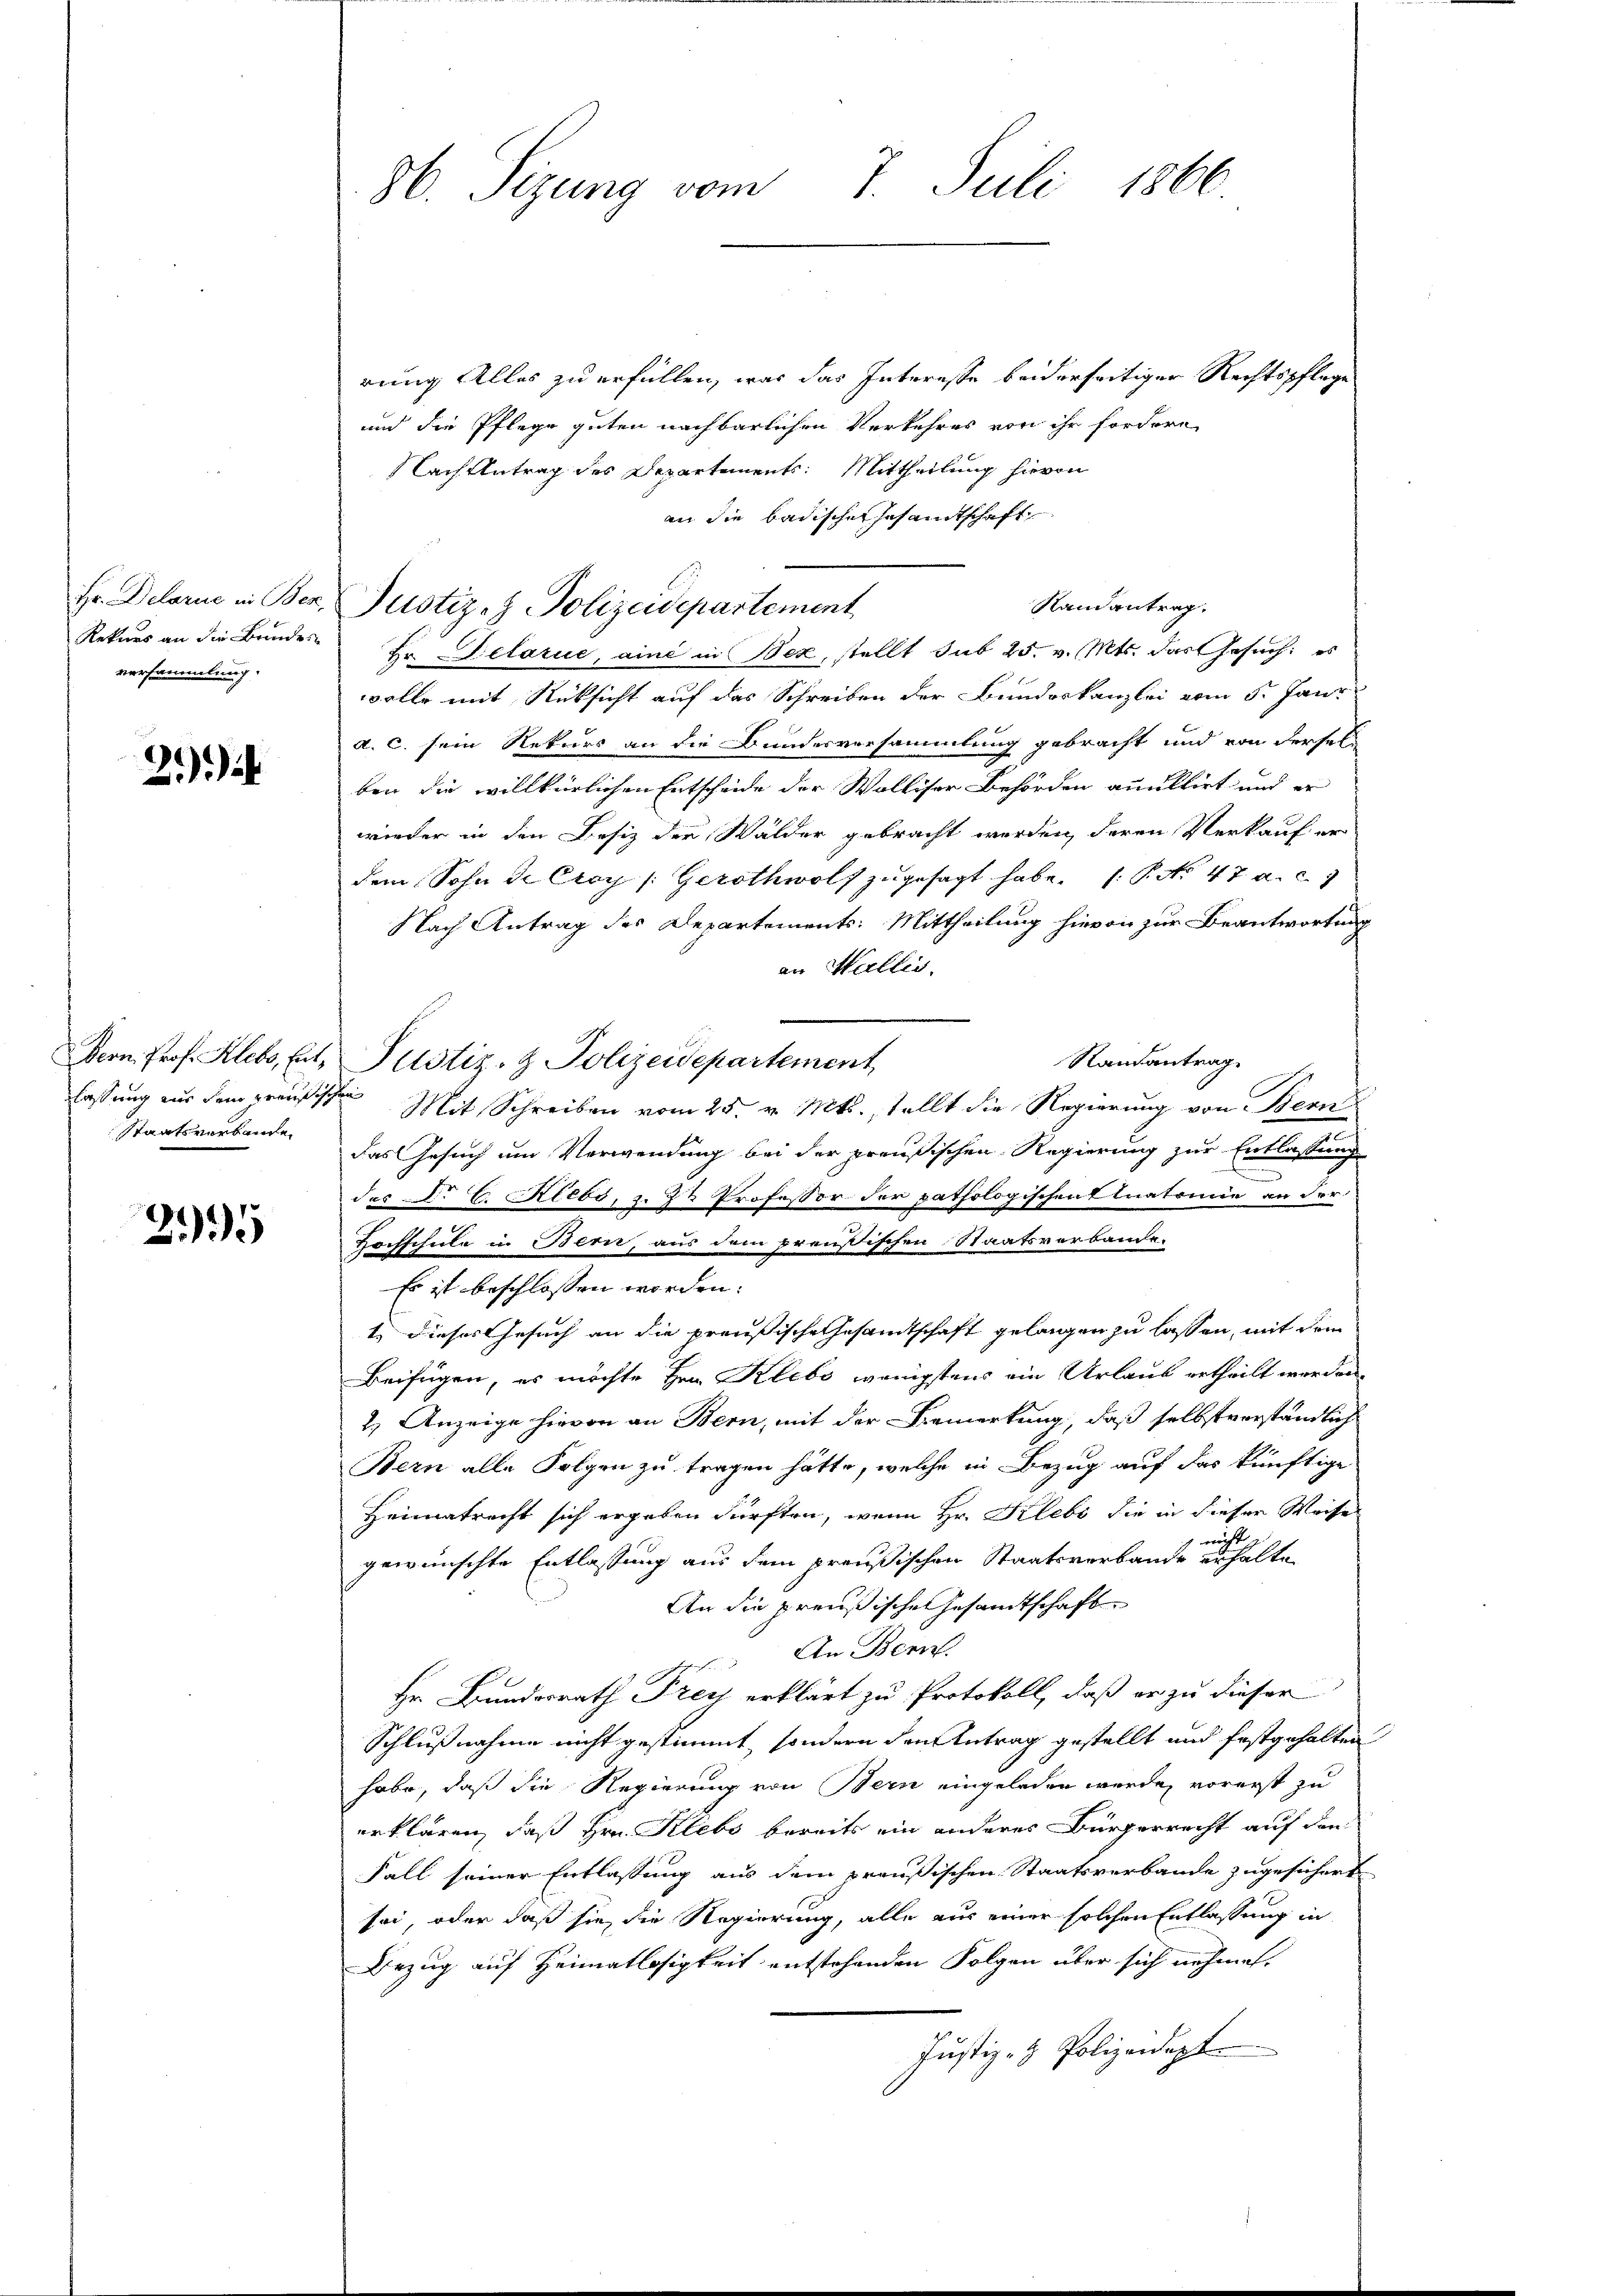
versammlung.

21)

Staatsverbande

295

86. Sizung vom 7. Juli 1866

rung Alles zu erfüllen, was das Interesse beiderseitiger Rechtspflege
und die Pflege guten nachbarlichen Verkehres von ihr fordern
Lach Antrag des Departements: Mittheilung hievon
an die badischen Gesandtschaft
Randantrag.
Rekurs an die Bundes Hr. Petarie, aine in Bez, stellt sub 25. v. Mts. das Gesuch: es
wolle mit Rücksicht auf das Schreiben der Bundeskanzlei vom 5. Janr
a. C. sein Rekurs an die Bundesversammlung gebracht und von dersel
ben die willkürlichen Entscheide der Wolliser Behörden anullirt und er
wieder in den Besiz der Wälder gebracht werden, deren Verkauf er-
dem Sohn de Croy /:Gerothwolf zugesagt habe. (P.No 47 a. c.
Nach Antrag des Departements: Mittheilung hievon zur Beantwortung
an Hellis.
Dern. Prof. Klebs, Ent- Justiz- & Polizeidepartement
Randantrage e
lassung aus dem preußischen Mit Schreiben vom 25. v. Mts. stellt die Regierung von Bern
das Gesuch um Verwendung bei der preußischen Regierung zur Entlassung
des N. V. Riebe, u. 2 ½ Professor der pathologischentinatomie an der
Hochschule in Bern, aus dem preußischen Staatsverbande-
Es ist beschlossen worden.
1.) Dieses Gesuch an die preußische Gesandtschaft gelangen zu lassen, mit dem
Beifügen, es möchte Hrn. Klebs wenigstens ein Urlaub ertheilt werden,
2.) Anzeige hievon an Bern, mit der Bemerkung, daß selbst vorständlich
Bern alle Folgen zu tragen hätte, welche in Bezug auf das künftige
Heimatrecht sich ergeben dürften, wenn Hr. Klebe die in dieser Weise

gewünschte Entlassung aus dem preußischen Staatsverbande erhalte
An die preußische Gesamtschaft
An Bern.
Hr. Bundesrath Prey erklärt zu Protokoll, daß er zu dieser
Schlußnahme nicht gestimmt, sondern den Antrag gestellt und festgehalten
habe, daß die Regierung von Bern eingeladen werde, vorerst zu
erklären, daß Hrn. Klebs bereits ein anderes Bürgerrecht auf den
Fall seiner Entlassung aus dem preußischen Staatsverbande zugesichert
sei, oder daß sie die Regierung, alle aus einer solchen Entlassung in
Bezug auf Heimatlosigkeit entstehenden Folgen über sich nehmen.
Justiz- & Polizeidept

Hr. Delarne in Ber Justiz- & Polizeidepartement